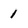
Character: 1